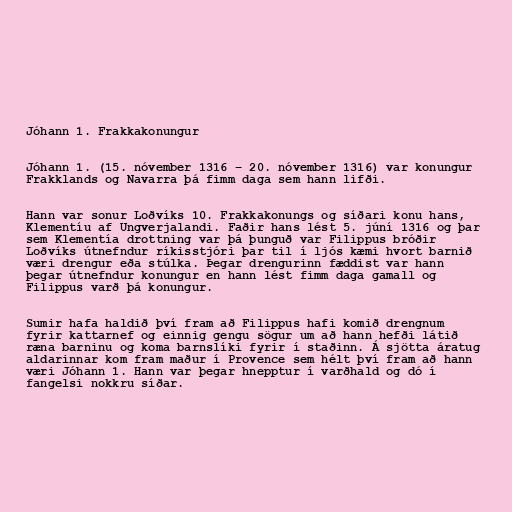
Jóhann 1. Frakkakonungur

Jóhann 1. (15. nóvember 1316 – 20. nóvember 1316) var konungur
Frakklands og Navarra þá fimm daga sem hann lifði.

Hann var sonur Loðvíks 10. Frakkakonungs og síðari konu hans,
Klementíu af Ungverjalandi. Faðir hans lést 5. júní 1316 og þar
sem Klementía drottning var þá þunguð var Filippus bróðir
Loðvíks útnefndur ríkisstjóri þar til í ljós kæmi hvort barnið
væri drengur eða stúlka. Þegar drengurinn fæddist var hann
þegar útnefndur konungur en hann lést fimm daga gamall og
Filippus varð þá konungur.

Sumir hafa haldið því fram að Filippus hafi komið drengnum
fyrir kattarnef og einnig gengu sögur um að hann hefði látið
ræna barninu og koma barnslíki fyrir í staðinn. Á sjötta áratug
aldarinnar kom fram maður í Provence sem hélt því fram að hann
væri Jóhann 1. Hann var þegar hnepptur í varðhald og dó í
fangelsi nokkru síðar.